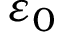
\varepsilon _ { 0 }